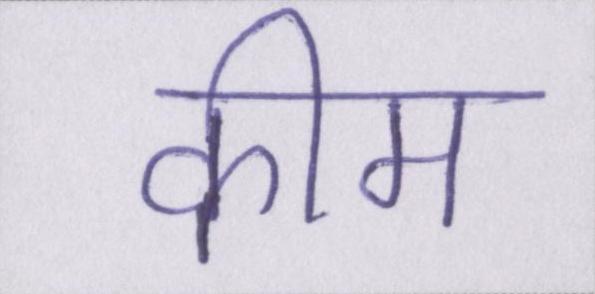
कीम